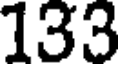
133